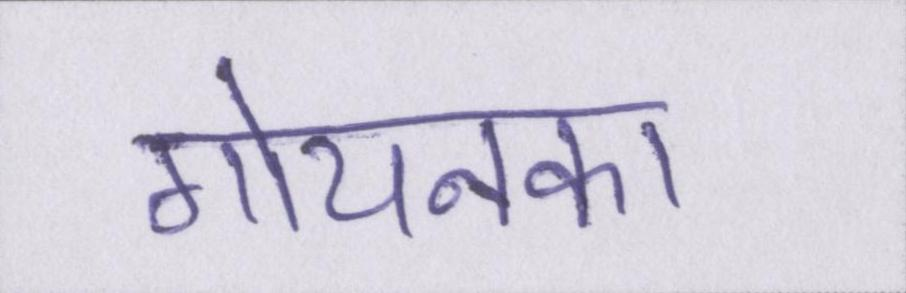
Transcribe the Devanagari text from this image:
गोयनका